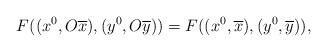
LaTeX: \begin{align*}F((x^0,{O}\overline{x}),(y^0,{O}\overline{y}))=F((x^0,\overline{x}),(y^0,\overline{y})),\end{align*}